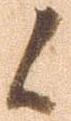
候